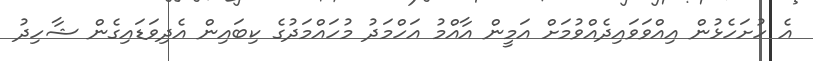
އެ ހުށަހެޅުން އިއްވަވައިދެއްވުމަށް އަމީން އާއްމު އަހްމަދު މުހައްމަދުގެ ކިބައިން އެދިވަޑައިގެން ޝާހިދު